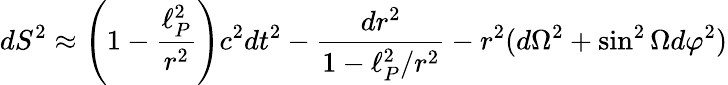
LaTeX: dS^{2}\approx\left(1-{\frac{\ell_{P}^{2}}{r^{2}}}\right)c^{2}dt^{2}-{\frac{dr^{2}}{1-{\ell_{P}^{2}}/{r^{2}}}}-r^{2}(d\Omega^{2}+\sin^{2}\Omega d\varphi^{2})